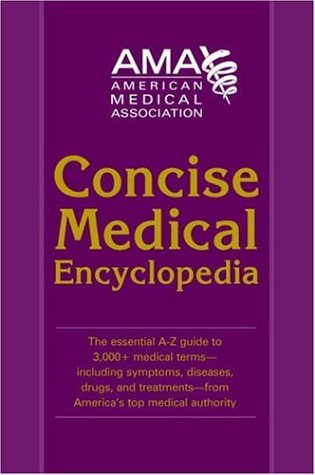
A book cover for American Medical Association Concise Medical Encyclopedia; American Medical Association; Health, Fitness & Dieting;